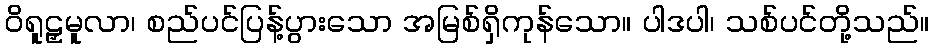
ဝိရူဠှမူလာ၊ စည်ပင်ပြန့်ပွားသော အမြစ်ရှိကုန်သော။ ပါဒပါ၊ သစ်ပင်တို့သည်။